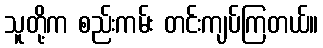
သူတို့က စည်းကမ်း တင်းကျပ်ကြတယ်။